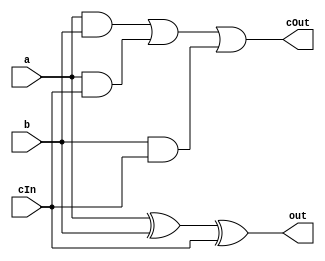
`timescale 1ns/ 1ns
module FullAdder(a,b,cIn,out,cOut);
  
  output wire out,cOut;
  input a,b,cIn;

  assign out = a^b^cIn;
  assign cOut = a&b|a&cIn|b&cIn;
  
endmodule